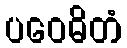
ပဝေဓိတံ